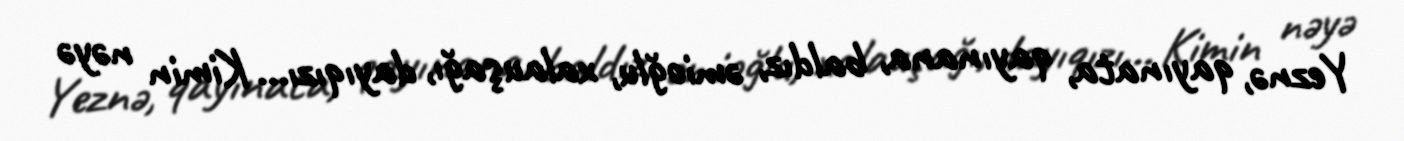
Yeznə, qayınata, qayınana, baldız, əmioğlu, xalauşağı, dayıqızı... Kimin nəyə